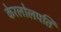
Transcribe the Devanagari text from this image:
केरलोलपति